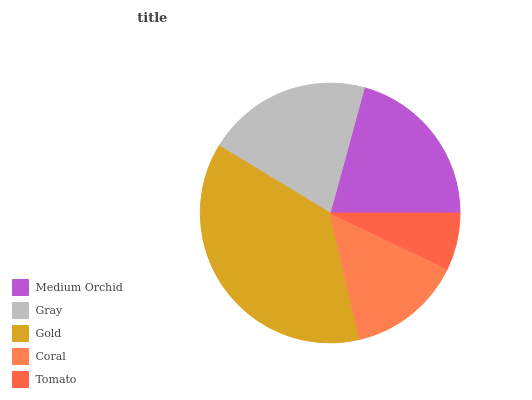
| Medium Orchid | Gray | Gold | Coral | Tomato |
 | --- | --- | --- | --- | --- |
 | 20.7% | 20.6% | 37.3% | 14.3% | 7.11% |